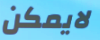
لايمكن